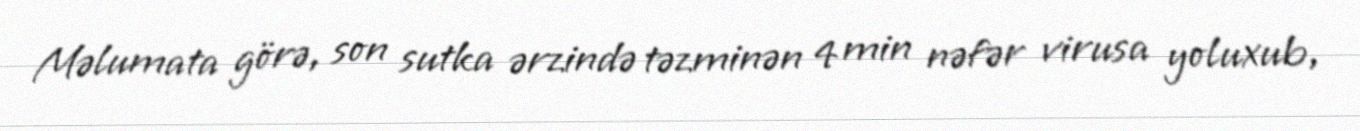
Məlumata görə, son sutka ərzində təzminən 4 min nəfər virusa yoluxub,